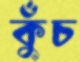
কুঁচ